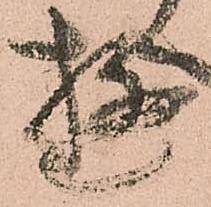
遊